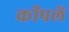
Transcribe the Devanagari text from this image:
कोंपलें